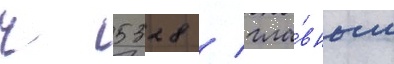
ч 5328 / гла́вным